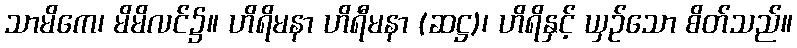
သာမိကေ၊ မိမိလင်၌။ ဟိရိမနာ ဟိရီမနာ (ဆဋ္ဌ)၊ ဟိရိနှင့် ယှဉ်သော စိတ်သည်။